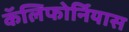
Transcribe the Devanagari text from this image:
कॅलिफोर्नियास